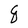
Character: q